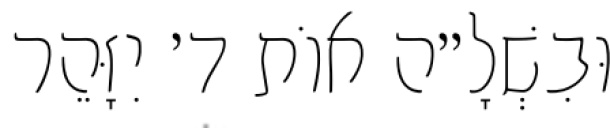
וּבִשְׁלָ״ה אוֹת ד׳ יִזָּהֵר